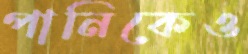
পানিকেও